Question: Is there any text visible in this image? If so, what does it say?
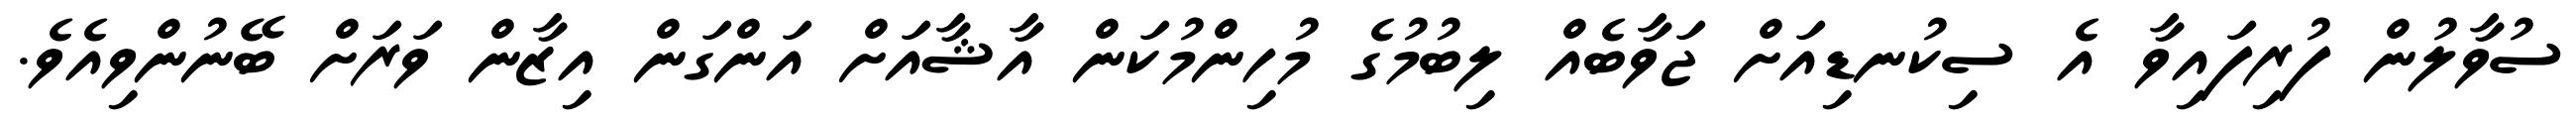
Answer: ސުވާލުން ފުރިފައިވާ އެ ސިކުނޑިއަށް ޖަވާބެއް ލިބުމުގެ މުހިންމުކަން އާޝާއަށް އަންގަން އިޒާން ވަރަށް ބޭނުންވިއެވެ.